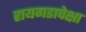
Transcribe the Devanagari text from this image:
रायगडापेक्षा